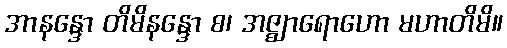
အာနန္ဒော တိမိနန္ဒော စ၊ အဇ္ဈာရောဟော မဟာတိမိ။